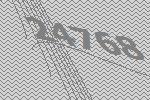
24768